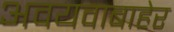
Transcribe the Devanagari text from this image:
अवयवाबाहेर